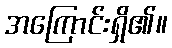
အကြောင်းရှိ၏။